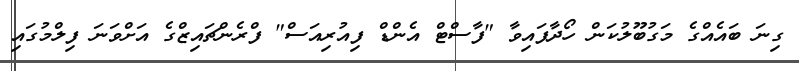
ގިނަ ބައެއްގެ މަގުބޫލުކަން ހޯދާފައިވާ "ފާސްޓް އެންޑް ފިއުރިއަސް" ފްރެންޗައިޒްގެ އަށްވަނަ ފިލްމުގައި